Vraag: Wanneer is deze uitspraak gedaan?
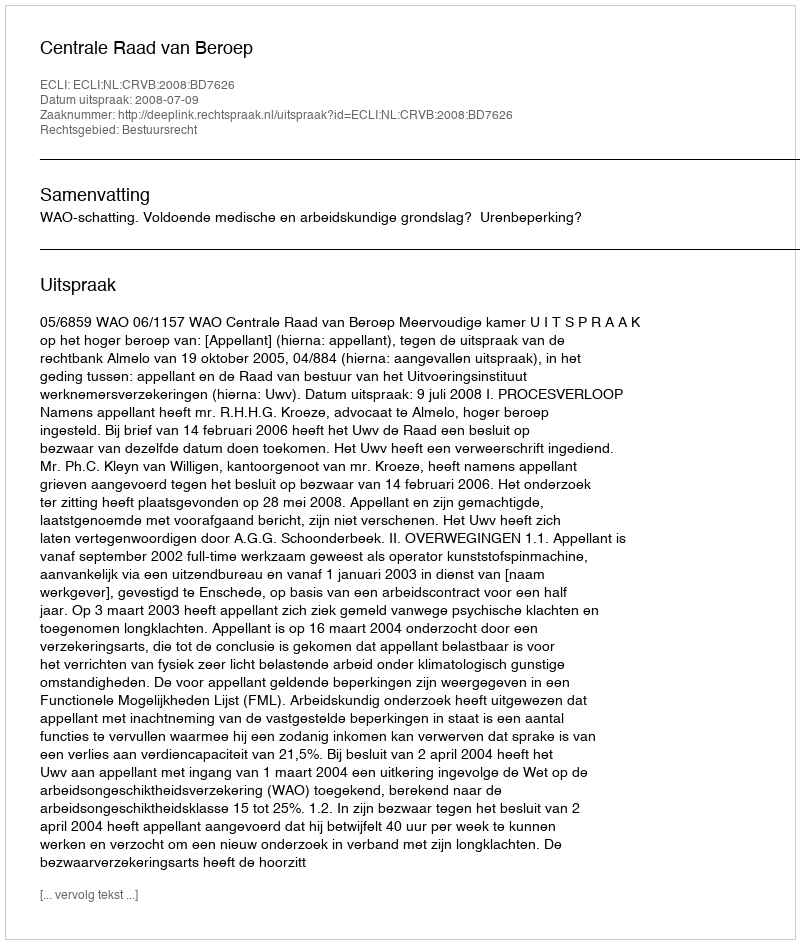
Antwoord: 2008-07-09